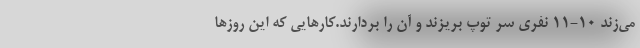
می‌زند 10-11 نفری سر توپ بریزند و آن را بردارند.کارهایی که این روزها